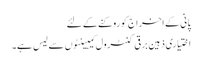
پانی کے اخراج کو روکنے کے لئے
اختیاری ذہین برقی کنٹرول کیبینٹوں سے لیس ہے۔